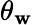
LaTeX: \theta_{\mathbf{w}}